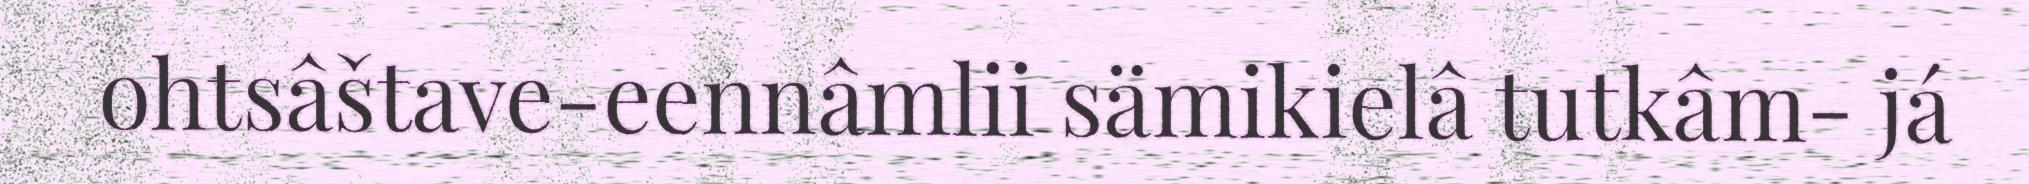
ohtsâštave-eennâmlii sämikielâ tutkâm- já